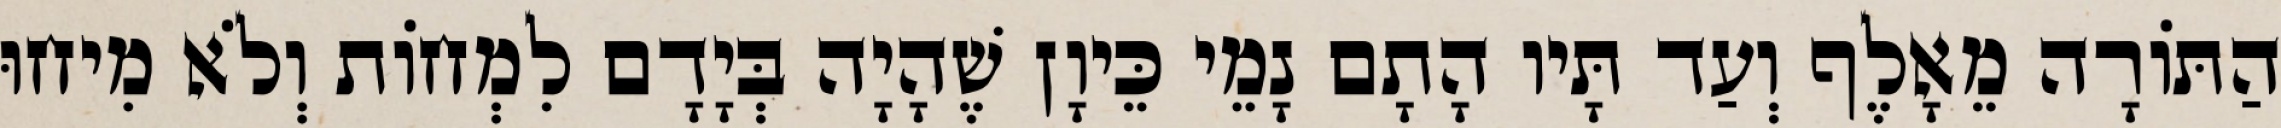
הַתּוֹרָה מֵאָלֶף וְעַד תָּיו הָתָם נָמֵי כֵּיוָן שֶׁהָיָה בְּיָדָם לִמְחוֹת וְלֹא מִיחוּ